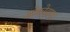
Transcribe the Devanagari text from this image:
ओकोहामा